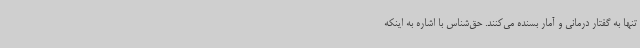
تنها به گفتار درمانی و آمار بسنده می‌کنند. حق‌شناس با اشاره به اینکه